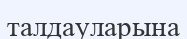
талдауларына